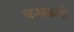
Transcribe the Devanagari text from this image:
बन्धकारी